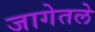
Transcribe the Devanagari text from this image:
जागेतले